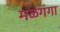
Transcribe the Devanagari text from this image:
मळगंगा